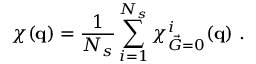
\chi ( \mathbf { q } ) = \frac { 1 } { N _ { s } } \sum _ { i = 1 } ^ { N _ { s } } \chi _ { \vec { G } = 0 } ^ { i } ( \mathbf { q } ) \ .